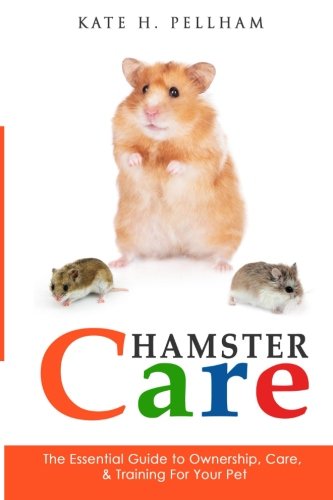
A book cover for Hamster Care: The Essential Guide to Ownership, Care, & Training For Your Pet; Kate H Pellham; Crafts, Hobbies & Home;